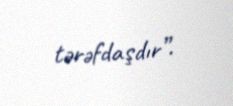
tərəfdaşdır”.